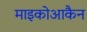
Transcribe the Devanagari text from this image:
माइकोआकैन